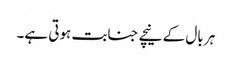
ہر بال کے نیچے جنابت ہوتی ہے۔